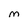
Character: M